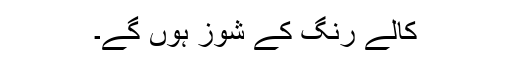
کالے رنگ کے شوز ہوں گے۔